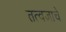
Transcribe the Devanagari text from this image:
तत्वज्ञाचे